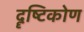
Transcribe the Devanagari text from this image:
दॄष्‍टिकोण